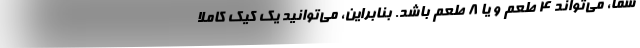
شما، می‌تواند 4 طعم و یا 8 طعم باشد. بنابراین، می‌توانید یک کیک کاملا